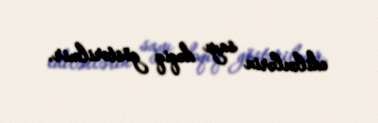
edilənlərin sayı dəqiq göstərilmir.